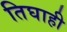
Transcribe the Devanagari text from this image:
तिघाही